Annual report on the Civil Veterinary Department, Burma (including the Insein Veterinary School) - 1932-1941
Year: 1932
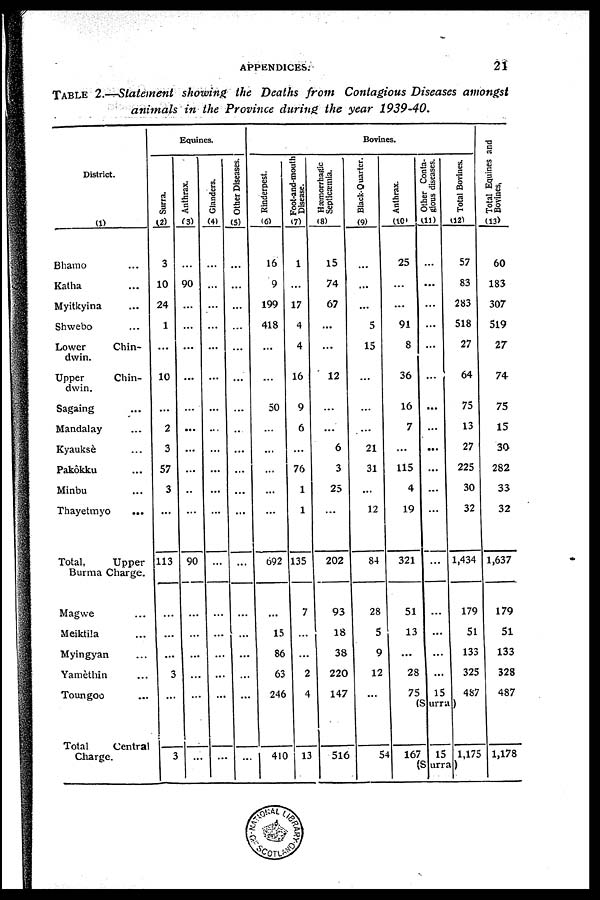
APPENDICES.
21
TABLE 2.—Statement showing the Deaths from Contagious Diseases amongst
animals in the Province during the year 1939-40.
District.
(1)
Bhamo ...
Katha ...
Myitkyina ...
Shwebo ...
Lower
Chin-
dwin.
Upper
Chin-
dwin.
Sagaing ...
Mandalay ...
Kyauksè ...
Pakôkku ...
Minbu ...
Thayetmyo
...
Total,
Upper
Burma Charge.
Magwe ...
Meiktila ...
Myingyan ...
Yamèthin ...
Toungoo ...
Total
Central
Charge.
Equines.
Surra.
(2)
3
10
24
1
...
10
...
2
3
57
3
...
113
...
...
...
3
...
3
Anthrax.
(3)
...
90
...
...
...
...
...
...
...
...
...
...
90
...
...
...
...
...
...
Glanders.
(4)
...
...
...
...
...
...
...
...
...
...
...
...
...
...
...
...
...
...
...
Other Diseases.
(5)
...
...
...
...
...
...
...
...
...
...
...
...
...
...
...
...
...
...
...
Bovines.
Rinderpest.
(6)
16
9
199
418
...
...
50
...
...
...
...
...
692
...
15
86
63
246
410
Foot-and-mouth
Disease.
(7)
1
...
17
4
4
16
9
6
...
76
1
1
135
7
...
...
2
4
13
Hæmorrhagic
Septicæmia.
(8)
15
74
67
...
...
12
...
...
6
3
25
...
202
93
18
38
220
147
516
Black-Quarter.
(9)
...
...
...
5
15
...
...
...
21
31
...
12
84
28
5
9
12
...
54
Anthrax.
(10)
25
...
...
91
8
36
16 7
...
115
4
19
321
51
13
...
28
75
Other Conta-
gious diseases.
(11)
...
...
...
...
...
...
...
...
...
...
...
...
...
...
...
...
...
15
Total Bovines.
(12)
57
83
283
518
27
64
75
13
27
225
30
32
1,434
179
51
133
325
487
(Surra)
167 15 1,175
(Surra)
Total Equines and
Bovines,
(13)
60
183
307
519
27
74-
75
15
30
282
33
32
1,637
179
51
133
328
487
1,178